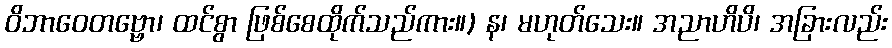
ဝိဘာဝေတဗ္ဗော၊ ထင်စွာ ဖြစ်စေထိုက်သည်ကား။) န၊ မဟုတ်သေး။ အညာဟိပိ၊ အခြားလည်း